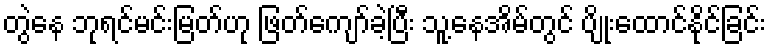
တွဲနေ ဘုရင်မင်းမြတ်ဟု ဖြတ်ကျော်ခဲ့ပြီး သူ့နေအိမ်တွင် ပျိုးထောင်နိုင်ခြင်း